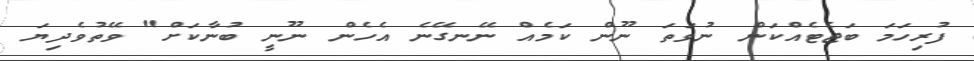
ފުރިހަމަ ބަޖެޓެއްކަން ނުވަތަ ނޫން ކަމެއް ނޭނގޭނެ އެހެން ނޫނީ ބުނާކަށް" ވޭތުވެދިޔަ